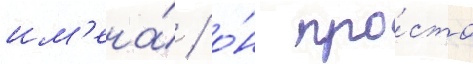
им'ена́ / о́н про́сто